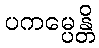
ပကမ္ပေန္တိ